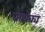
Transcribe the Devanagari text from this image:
प्राथक्य